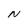
Character: N